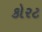
કોરટ